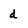
Character: d